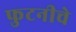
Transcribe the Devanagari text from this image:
फुटनीचे